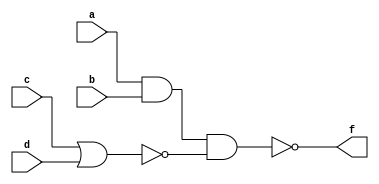
/* a 2-level combination circuit */

module two_level (a,b,c,d,f);

  input a,b,c,d;
  output f;
  wire t1,t2;  //intermediate lines
  assign t1= a&b;
  assign t2=~(c|d);
  assign f= ~(t1&t2);

endmodule